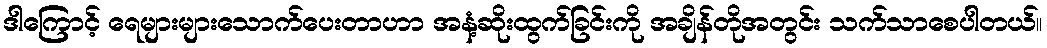
ဒါကြောင့် ရေများများသောက်ပေးတာဟာ အနံ့ဆိုးထွက်ခြင်းကို အချိန်တိုအတွင်း သက်သာစေပါတယ်။